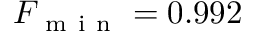
F _ { \mathrm { ~ m ~ i ~ n ~ } } = 0 . 9 9 2